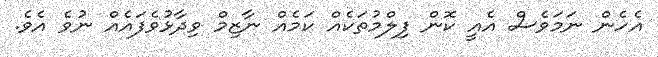
އެހެން ނަމަވެސް އެއީ ކޮން ފިލްމުތަކެއް ކަމެއް ނާޒިމް ވިދާޅުވެފައެއް ނުވެ އެވެ.